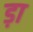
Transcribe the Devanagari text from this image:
ड़ा